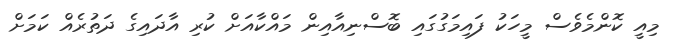
މިއީ ކޮންމެވެސް މީހަކު ފައިމަގުގައި ބޮސްނިއާއިން މައްކާއަށް ކުރި އާދައިގެ ދަތުރެއް ކަމަށް